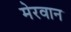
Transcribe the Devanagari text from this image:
मेरवान